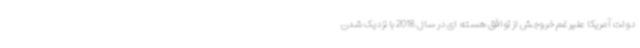
دولت آمریکا علیرغم خروجش از توافق هسته ای در سال 2018 با نزدیک شدن